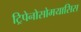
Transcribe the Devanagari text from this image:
ट्रिपेनोसोमयासिस